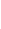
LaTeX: \! \! \! \! \! \! \! \! \! \! \! \Theta\! \! \! \! \! \! \! \! \! \! \! \! (t\! \! \! \! \! \! \! \! \! \! \! \! )\! \! \! \! \! \! \! \! \! \! \! \! =A\! \! \! \! \! \! \! \! \! \! \! \! (\! \! \! \! \! \! \! \! \! \! \! \! \theta\! \! \! \! \! \! \! \! \! \! \! \! (t\! \! \! \! \! \! \! \! \! \! \! \! )\! \! \! \! \! \! \! \! \! \! \! \! )\! \! \! \! \! \! \! \! \! \! \!